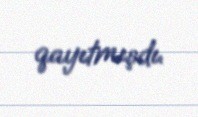
qayıtmışdı.